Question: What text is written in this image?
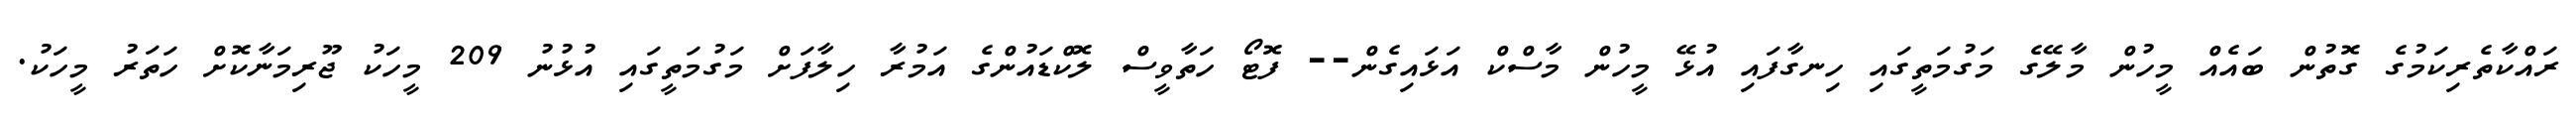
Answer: ރައްކާތެރިކަމުގެ ގޮތުން ބައެއް މީހުން މާލޭގެ މަގުމަތީގައި ހިނގާފައި އުޅޭ މީހުން މާސްކް އަޅައިގެން-- ފޮޓޯ ހަތާވީސް ލޮކްޑައުންގެ އަމުރާ ހިލާފަށް މަގުމަތީގައި އުޅުނު 209 މީހަކު ޖޫރިމަނާކޮށް ހަތަރު މީހަކު.